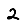
Digit: 2